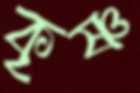
কৃষ্ণ